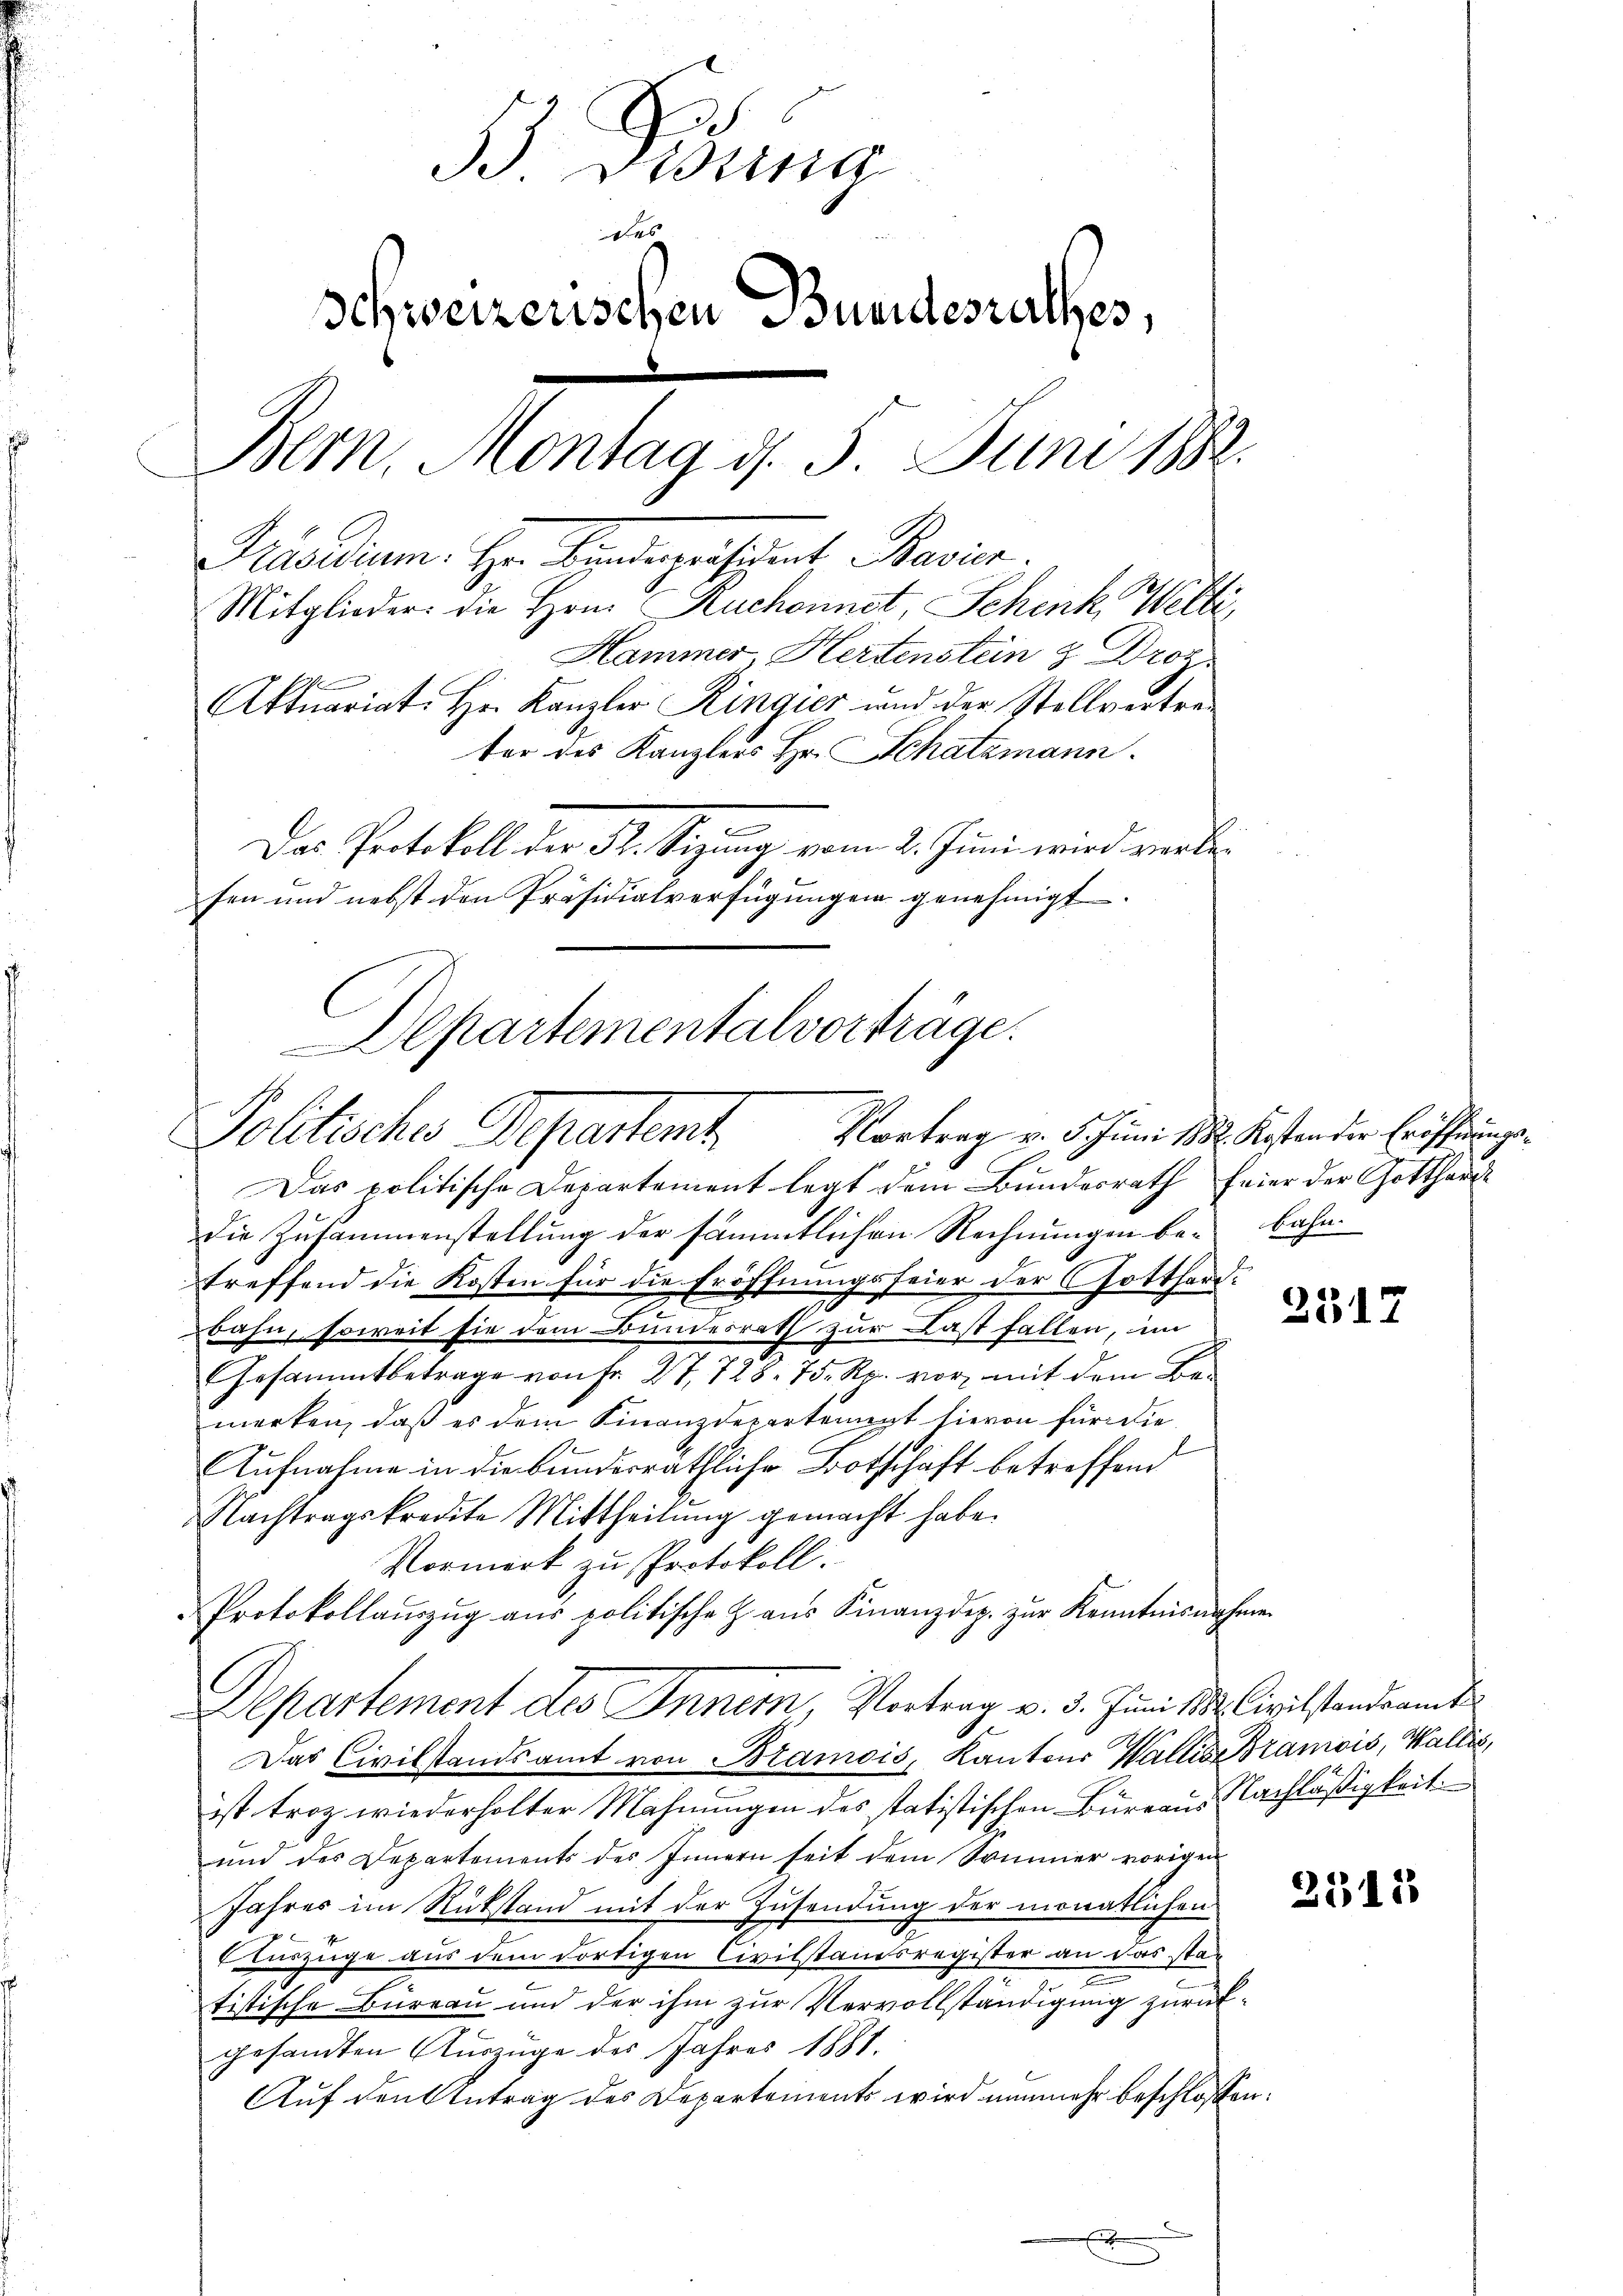
B. Fidung
.
Schweizerischen Bundesrathes,
Bern, Montag d. 3. Juni 1882.
Präsidium. Hr. Lindepräsident Bavier.
Mitglieder: die Hrn. Ruchennet, Schink Welti
Hammer, Hertenstein z Droz.
Aktuariat. Hr. Kanzler Ringies und der Stellvertre
ter des Kanzlers Hr. Schatzmann.
Das Protokoll der St. Sizung vom 2. Juni wird verle

Departementalvorträge.
Politisches Departemt Vortrag v. 5. Juni 1882. Kosten der Erichtungs¬

fen und nebst den Präsidialverfügungen genehmigt.

Das politische Departement legt dem Bundesrath feier der Gotthard
die Zusammenstellung der sämmtlichen Rechnungen be-Bahntreffend die Kosten für die Eröffnungsfeier der Gotthardbahn, soweit sie dem Bundesrath zur Last fallen, im
Gesammtbetrage von Fr. 27, 728. 75. Rp. vor mit dem Be-
merken, daß es dem Finanzdepartemigt hievon für die
e
Aufnahme in die bundesräthliche Botschaft betreffend
Nachtragskredite Mittheilung gemacht habe.
Vormerk zu Protokoll.
Protokollauszug aus politische Z. aus Finanzdep. zur Kenntnisnahme
Departement des Inner, Vortrag v. 3. Juni 188. Civilstandsamt
Das Civilstandsamt von Bramois, Kantons Wallis Bramois, Wallis,
ist trotz wiederholter Mahnungen des statistischen Bureaus Nachläßigkeit
und des Departements des Innern seit dem Sommer vorigen
Jahres im Rükstand mit der Zusendung der monatlichen
 Auszüge aus dem dortigen Civilstandsregister an das statistische Büreau und der ihm zur Vervollständigung zurückgesandten Auszuge des Jahres 1881.
Auf den Antrag des Departements wird nunmehr beschlossen:
x

2517

2311